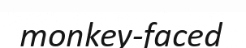
monkey-faced